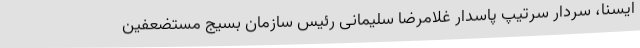
ایسنا، سردار سرتیپ پاسدار غلامرضا سلیمانی رئیس سازمان بسیج مستضعفین